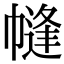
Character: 㡝